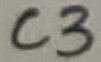
Text: C3